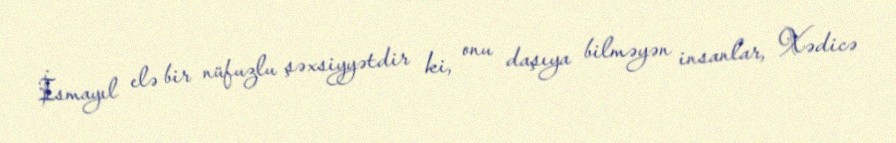
İsmayıl elə bir nüfuzlu şəxsiyyətdir ki, onu daşıya bilməyən insanlar, Xədicə